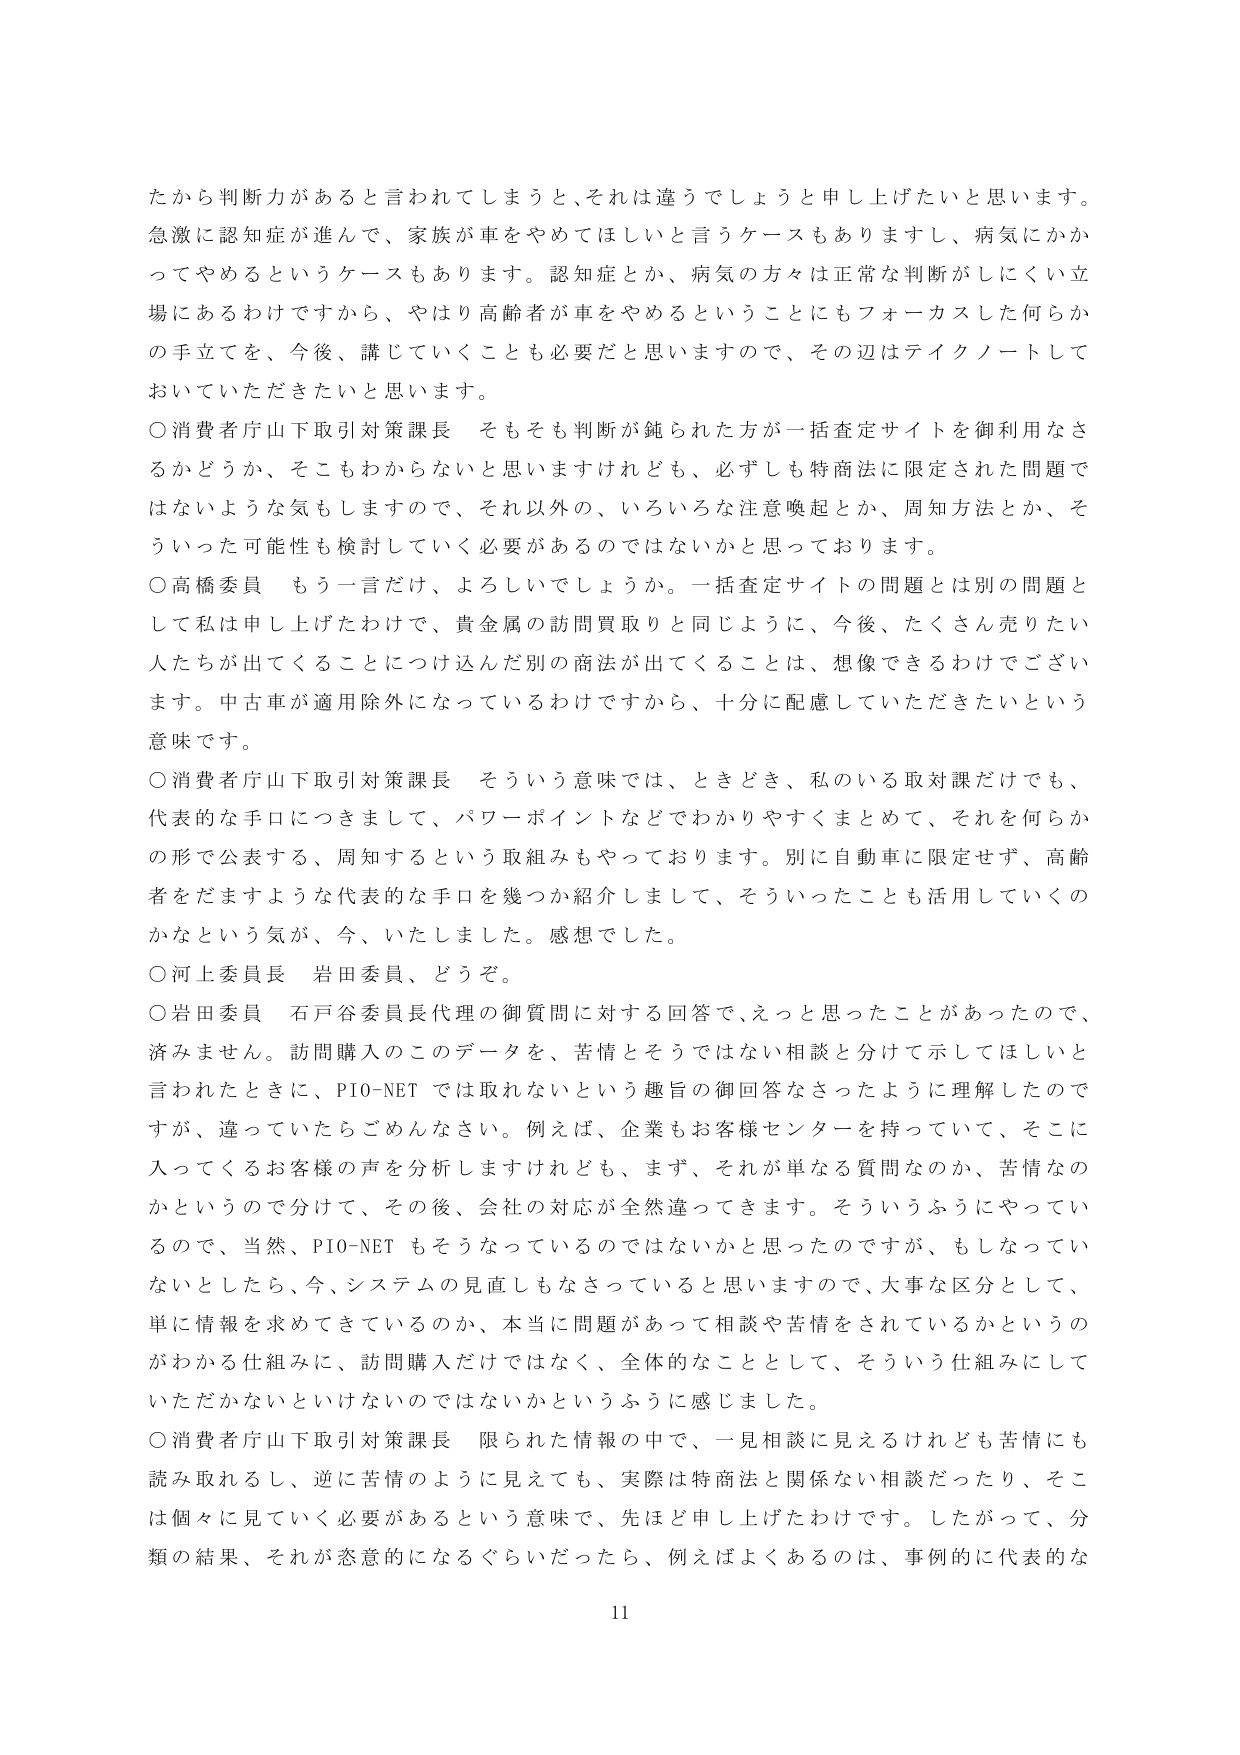
たから判断力があると言われてしまうと、それは違うでしょうと申し上げたいと思います。急激に認知症が進んで、家族が車をやめてほしいと言うケースもありますし、病気にかかってやめるというケースもあります。認知症とか、病気の方々は正常な判断がしにくい立場にあるわけですから、やはり高齢者が車をやめるということにもフォーカスした何らかの手立てを、今後、講じていくことも必要だと思いますので、その辺はテイクノートしておいていただきたいと思います。

○消費者庁山下取引対策課長　そもそも判断が鈍られた方が一括査定サイトを御利用なるかどうか、そこもわからないと思いますけれども、必ずしも特商法に限定された問題ではないような気もしますので、それ以外の、いろいろな注意喚起とか、周知方法とか、そういった可能性も検討していく必要があるのではないかと思っております。

○高橋委員　もう一言だけ、よろしいでしょうか。一括査定サイトの問題とは別の問題として私は申し上げたわけで、貴金属の訪問買取りと同じように、今後、たくさん売りたい人たちが出てくることにつけ込んだ別の商法が出てくることは、想像できるわけでございます。中古車が適用除外になっているわけですから、十分に配慮していただきたいという意味です。

○消費者庁山下取引対策課長　そういう意味では、ときどき、私のいる取対課だけでも、代表的な手口につきまして、パワーポイントなどでわかりやすくまとめて、それを何らかの形で公表する、周知するという取組みもやっております。別に自動車に限定せず、高齢者をだますような代表的な手口を幾つか紹介しまして、そういったことも活用していくのかなという気が、今、いたしました。感想でした。

○河上委員長　岩田委員、どうぞ。

○岩田委員　石戸谷委員長代理の御質問に対する回答で、えっと思ったことがあったので、済みません。訪問購入のこのデータを、苦情とそうではない相談と分けて示してほしいと言われたときに、PIO-NETでは取れないという趣旨の御回答なさったように理解したのですが、違っていたらごめんなさい。例えば、企業もお客様センターを持っていて、そこに入ってくるお客様の声を分析しますけれども、まず、それが単なる質問なのか、苦情なのかというので分けて、その後、会社の対応が全然違ってきます。そういうふうにやっているので、当然、PIO-NETもそうなっているのではないかと思ったのですが、もしなっていないとしたら、今、システムの見直しもなさっていると思いますので、大事な区分として、単に情報を求めてきているのか、本当に問題があって相談や苦情をされているかというのがわかる仕組みに、訪問購入だけではなく、全体的なこととして、そういう仕組みにしていただかないといけないのではないかというふうに感じました。

○消費者庁山下取引対策課長　限られた情報の中で、一見相談に見えるけれども苦情にも読み取れるし、逆に苦情のように見えても、実際は特商法と関係ない相談だったり、そこは個々に見ていく必要があるという意味で、先ほど申し上げたわけです。したがって、分類の結果、それが恣意的になるぐらいだったら、例えばよくあるのは、事例的に代表的な

11